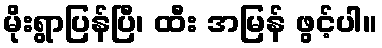
မိုးရွာပြန်ပြီ၊ ထီး အမြန် ဖွင့်ပါ။